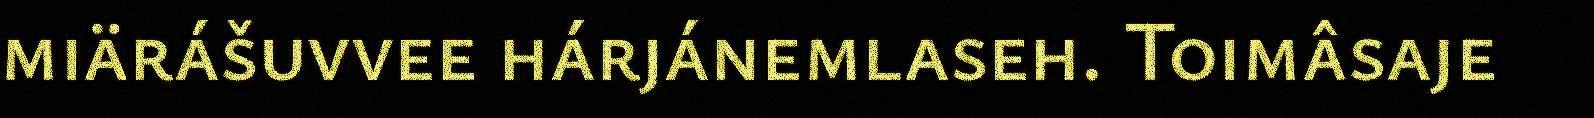
miärášuvvee hárjánemlaseh. Toimâsaje